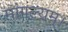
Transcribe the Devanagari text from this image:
मांगल्यम्।